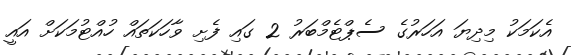
އެކަމަކު މިދިޔަ އަހަރުގެ ސެޕްޓެމްބަރު 2 ގައި ފެށި ވާހަކަތައް ހުއްޓުމަކަށް އައީ